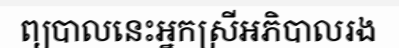
ព្យបាលនេះអ្នកស្រីអភិបាលរង